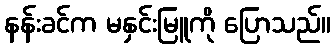
နန်းခင်က မနှင်းမြူကို ပြောသည်။